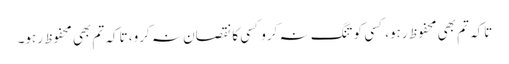
تاکہ تم بھی محفوظ رہو، کسی کو تنگ نہ کرو کسی کا نقصان نہ کرو، تاکہ تم بھی محفوظ رہو۔